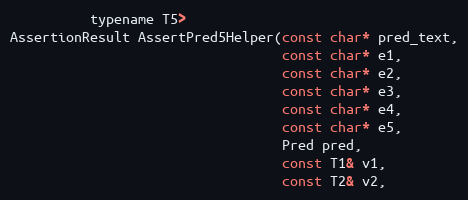
Language: C
          typename T5>
AssertionResult AssertPred5Helper(const char* pred_text,
                                  const char* e1,
                                  const char* e2,
                                  const char* e3,
                                  const char* e4,
                                  const char* e5,
                                  Pred pred,
                                  const T1& v1,
                                  const T2& v2,